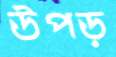
উপড়